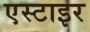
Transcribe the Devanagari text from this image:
एस्टाइर